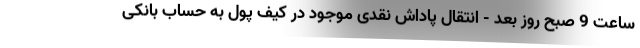
ساعت 9 صبح روز بعد - انتقال پاداش نقدی موجود در کیف پول به حساب بانکی